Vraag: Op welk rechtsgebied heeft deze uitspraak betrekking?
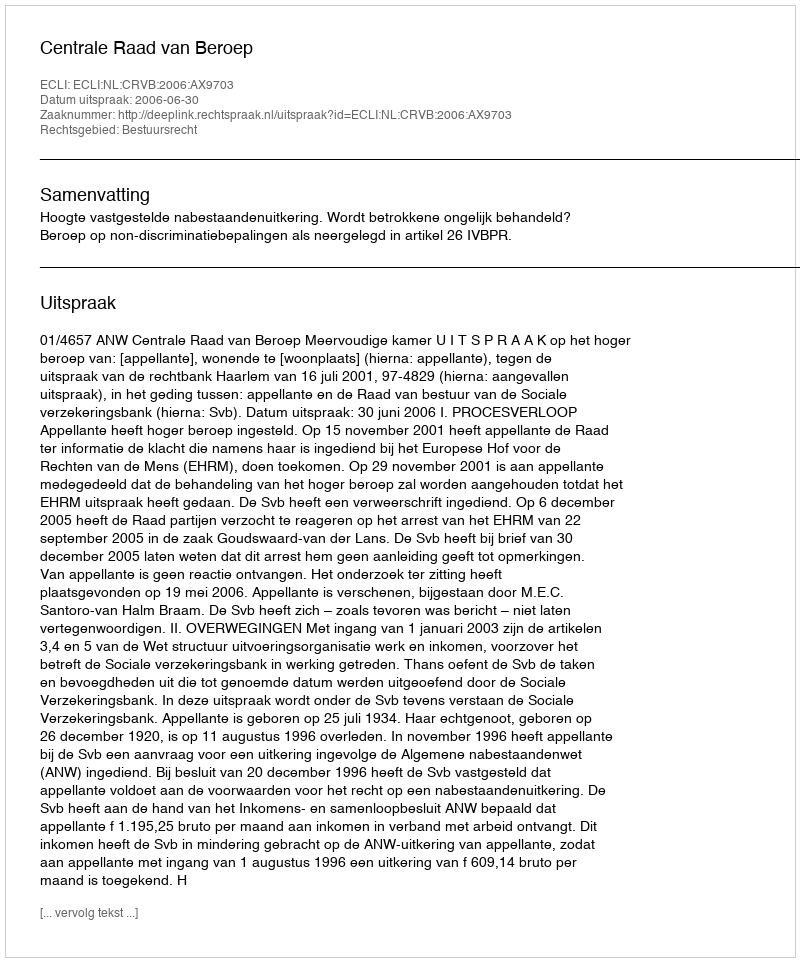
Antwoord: Bestuursrecht